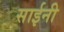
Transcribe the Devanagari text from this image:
साईनी